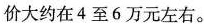
价大约在4至6万元左右。